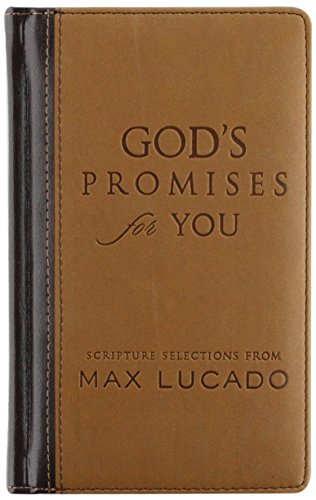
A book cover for God's Promises for You; Max Lucado; Christian Books & Bibles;